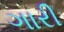
ગારી